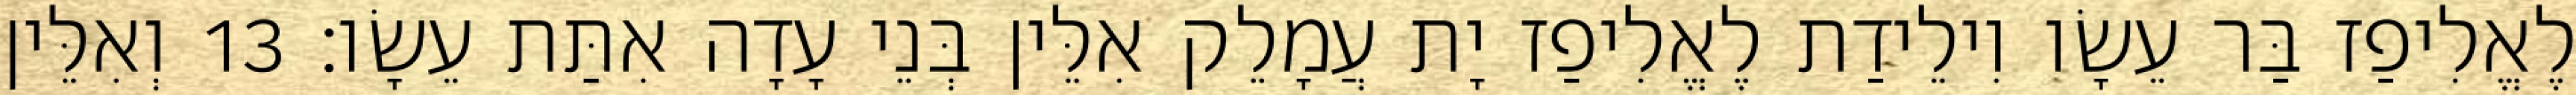
לֶאֱלִיפַז בַּר עֵשָׂו וִילֵידַת לֶאֱלִיפַז יָת עֲמָלֵק אִלֵּין בְּנֵי עָדָה אִתַּת עֵשָׂו׃ 13 וְאִלֵּין